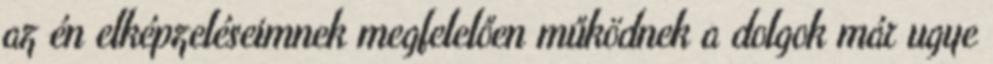
az én elképzeléseimnek megfelelően működnek a dolgok már ugye